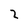
Character: 2